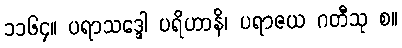
၁၁၆၄။ ပရာသဒ္ဒေါ ပရိဟာနိ၊ ပရာဇယ ဂတီသု စ။